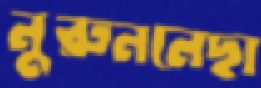
নুরুননেছা